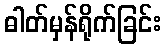
ဓါတ်မှန်ရိုက်ခြင်း